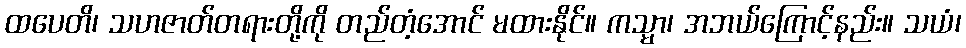
ထပေတိ၊ သဟဇာတ်တရားတို့ကို တည်တံ့အောင် မထားနိုင်။ ကသ္မာ၊ အဘယ်ကြောင့်နည်း။ သယံ၊